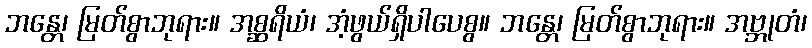
ဘန္တေ၊ မြတ်စွာဘုရား။ အစ္ဆရိယံ၊ အံ့ဖွယ်ရှိပါပေစွ။ ဘန္တေ၊ မြတ်စွာဘုရား။ အဗ္ဘုတံ၊